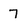
Character: 7